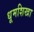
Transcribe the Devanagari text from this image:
धूमशिखा